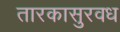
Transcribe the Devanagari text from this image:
तारकासुरवध